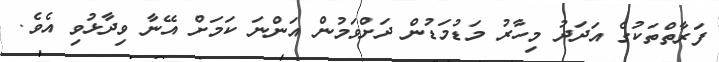
ފަރާތްތަކުގެ އަދަދު މިހާރު މަޑުމަޑުން ދަށްވަމުން އަންނަ ކަމަށް އޭނާ ވިދާޅުވި އެވެ.